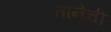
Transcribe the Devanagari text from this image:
तानेची